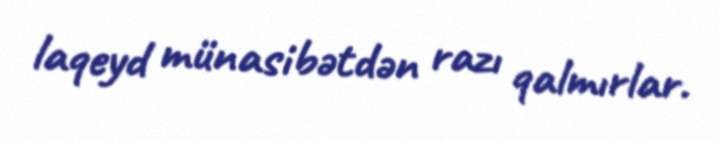
laqeyd münasibətdən razı qalmırlar.